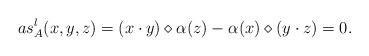
LaTeX: \begin{align*} as^{l}_A(x,y,z)=(x\cdot y)\diamond\alpha(z)-\alpha(x)\diamond(y\cdot z)=0.\end{align*}